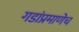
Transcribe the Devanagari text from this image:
गडांप्रमाणेच